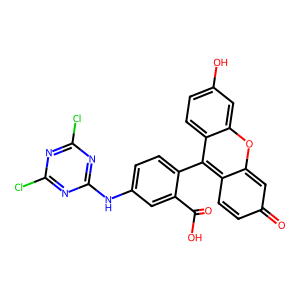
SMILES: O=C(O)c1cc(Nc2nc(Cl)nc(Cl)n2)ccc1-c1c2ccc(=O)cc-2oc2cc(O)ccc12
Inhibits HIV replication: Yes